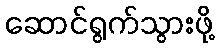
ဆောင်ရွက်သွားဖို့